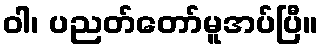
ဝါ၊ ပညတ်တော်မူအပ်ပြီ။